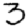
Digit: 3